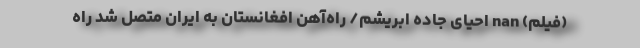
(فیلم) nan احیای جاده ابریشم/ راه‌آهن افغانستان به ایران متصل شد راه